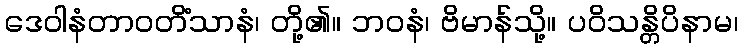
ဒေဝါနံတာဝတိံသာနံ၊ တို့၏။ ဘဝနံ၊ ဗိမာန်သို့။ ပဝိသန္တိပိနာမ၊